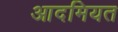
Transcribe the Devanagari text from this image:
आदमियत